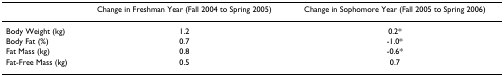
|  | Change in Freshman Year (Fall 2004 to Spring 2005) | Change in Sophomore Year (Fall 2005 to Spring 2006) |
 | --- | --- | --- |
 | Body Weight (kg) | 1.2 | 0.2* |
 | Body Fat (%) | 0.7 | -1.0* |
 | Fat Mass (kg) | 0.8 | -0.6* |
 | Fat-Free Mass (kg) | 0.5 | 0.7 |